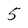
Character: 5